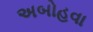
અબોહવા